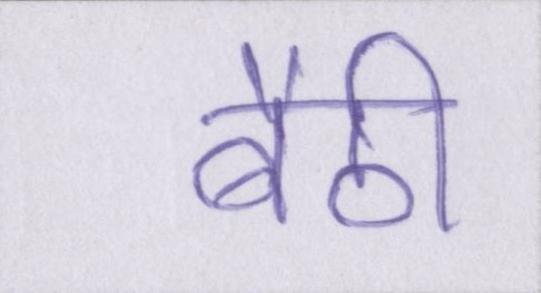
बैठी